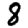
Digit: 8